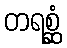
တရစ္ဆံ